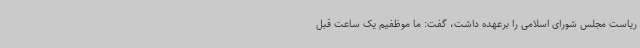
ریاست مجلس شورای اسلامی را برعهده داشت، گفت: ما موظفیم یک ساعت قبل